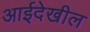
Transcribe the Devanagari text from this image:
आईदेखील